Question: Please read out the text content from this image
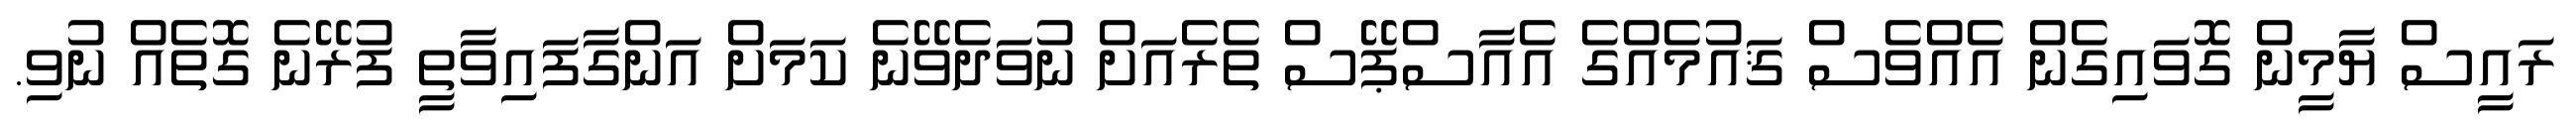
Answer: ރައީސް ޔާމީން ގޮވައިގެން އެއްވެސް ޤައުމެއްގެ އެއާސްޕޭސް ތެރެއަށް ނުވަދެވޭނެ ކަމަށް އަންގާފައިވާތީ ފުރޭނެ ގޮތެއް ނުވި.